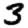
Digit: 3